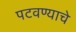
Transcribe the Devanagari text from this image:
पटवण्याचे